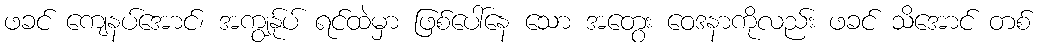
ဖခင် ကျေနပ်အောင်၊ အကျွန်ုပ် ရင်ထဲမှာ ဖြစ်ပေါ်နေ သော အတွေး ဝေဒနာကိုလည်း ဖခင် သိအောင် တစ်